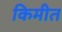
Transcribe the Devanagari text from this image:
किमीत